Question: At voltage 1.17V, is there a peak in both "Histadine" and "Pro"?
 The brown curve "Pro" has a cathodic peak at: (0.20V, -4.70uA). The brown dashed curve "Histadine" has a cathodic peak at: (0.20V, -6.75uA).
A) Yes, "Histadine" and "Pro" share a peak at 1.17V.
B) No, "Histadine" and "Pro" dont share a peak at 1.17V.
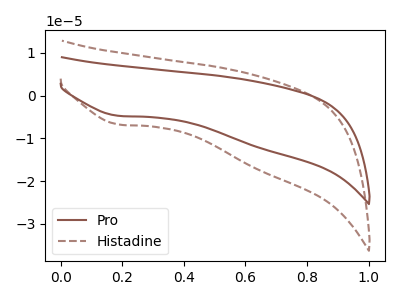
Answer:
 <answer>B) No, "Histadine" and "Pro" dont share a peak at 1.17V.</answer>
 <eval>B</eval>